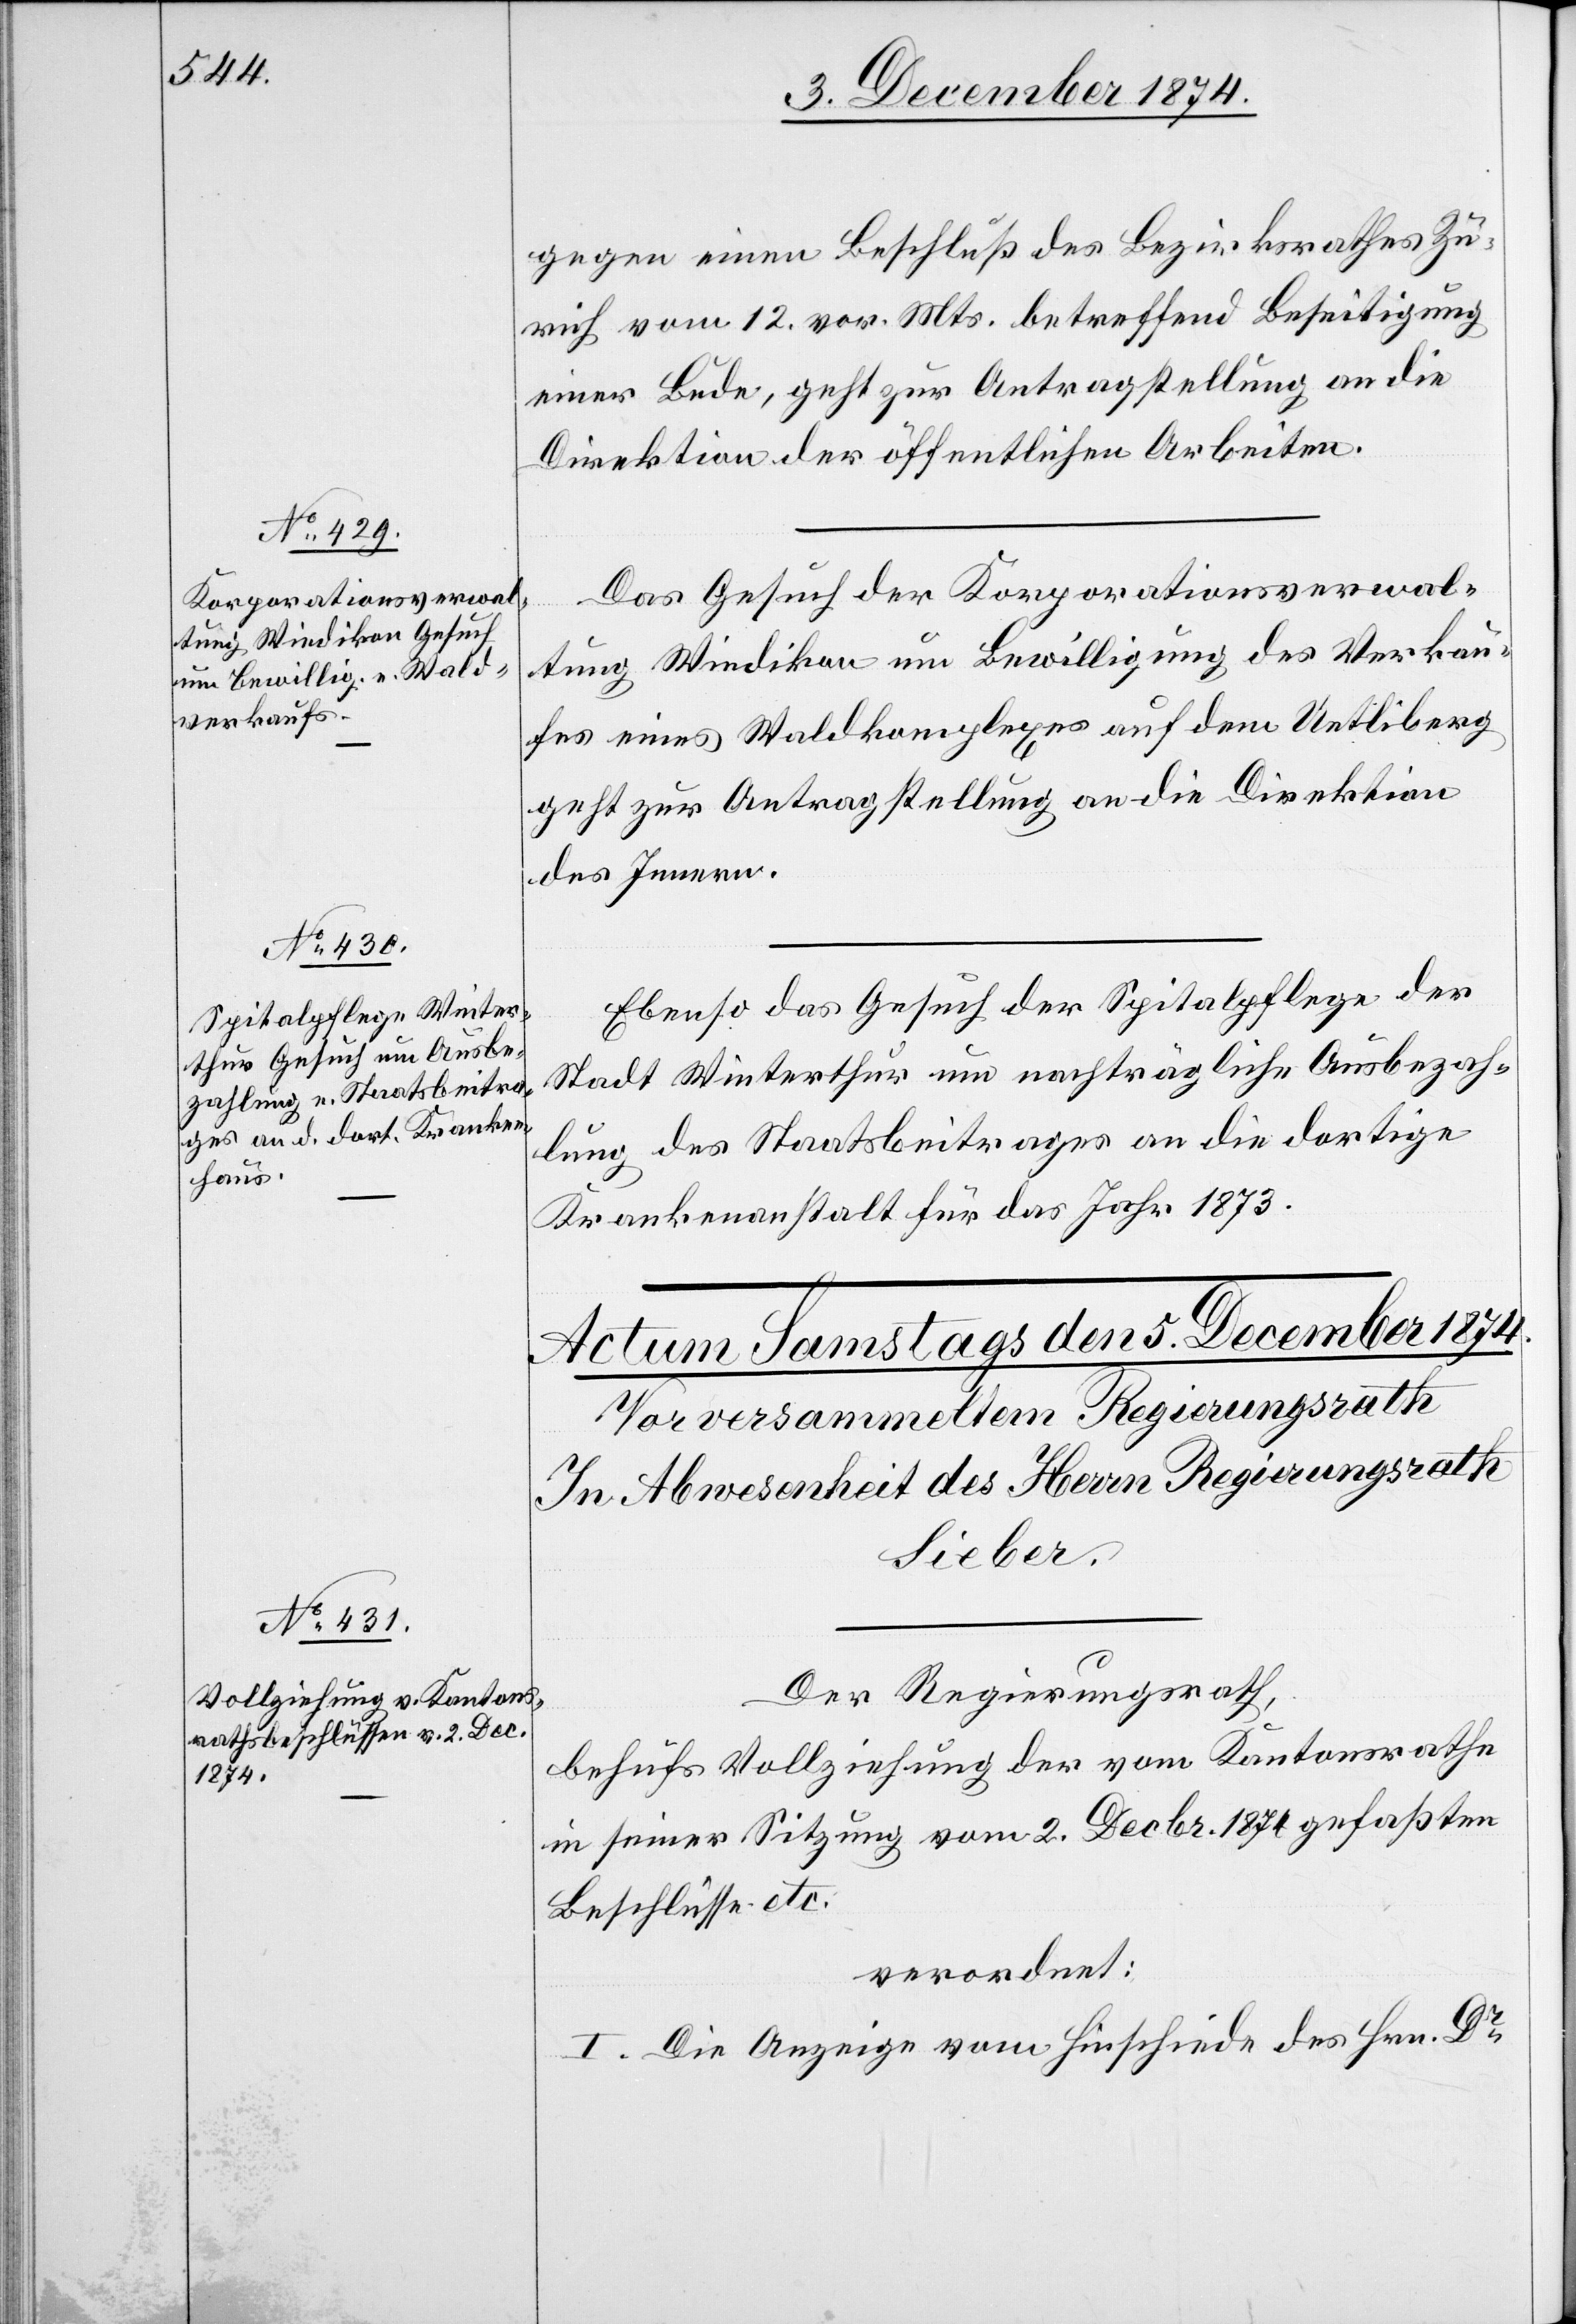
4. December 1874.]
gegen einen Beschluß des Bezirksrathes Zü¬
rich vom 12. vor. Mts. betreffend Beseitigung
einer Bude, geht zur Antragstellung an die
Direktion der öffentlichen Arbeiten.
Das Gesuch der Korporationsverwal¬
tung Wiedikon um Bewilligung des Verkau¬
fes eines Waldkomplexes auf dem Uetliberg
geht zur Antragstellung an die Direktion
des Innern.
Ebenso das Gesuch der Spitalpflege der
Stadt Winterthur um nachträgliche Ausbezah¬
lung des Staatsbeitrages an die dortige
Krankenanstalt für das Jahr 1873.
Der Regierungsrath,
behufs Vollziehung der vom Kantonsrathe
in seiner Sitzung vom 2. Decbr. 1871 gefaßten
Beschlüsse etc.
verordnet:
I. Die Anzeige vom Hinschiede des Hrn. Dr